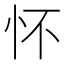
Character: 怀